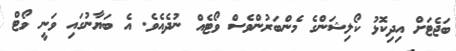
ބަޖެޓަށް އިދިކޮޅު ކޯލިޝަންގެ މެންބަރުންވެސް ވޯޓެއް ނުދެއެވެ. އެ ބަޔާނުގައި ވަނީ ވޯޓް